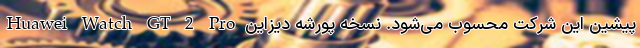
Huawei Watch GT 2 Pro پیشین این شرکت محسوب می‌شود. نسخه‌ پورشه دیزاین